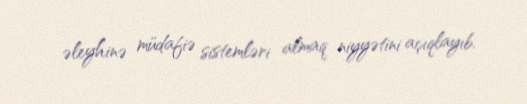
əleyhinə müdafiə sistemləri almaq niyyətini açıqlayıb.